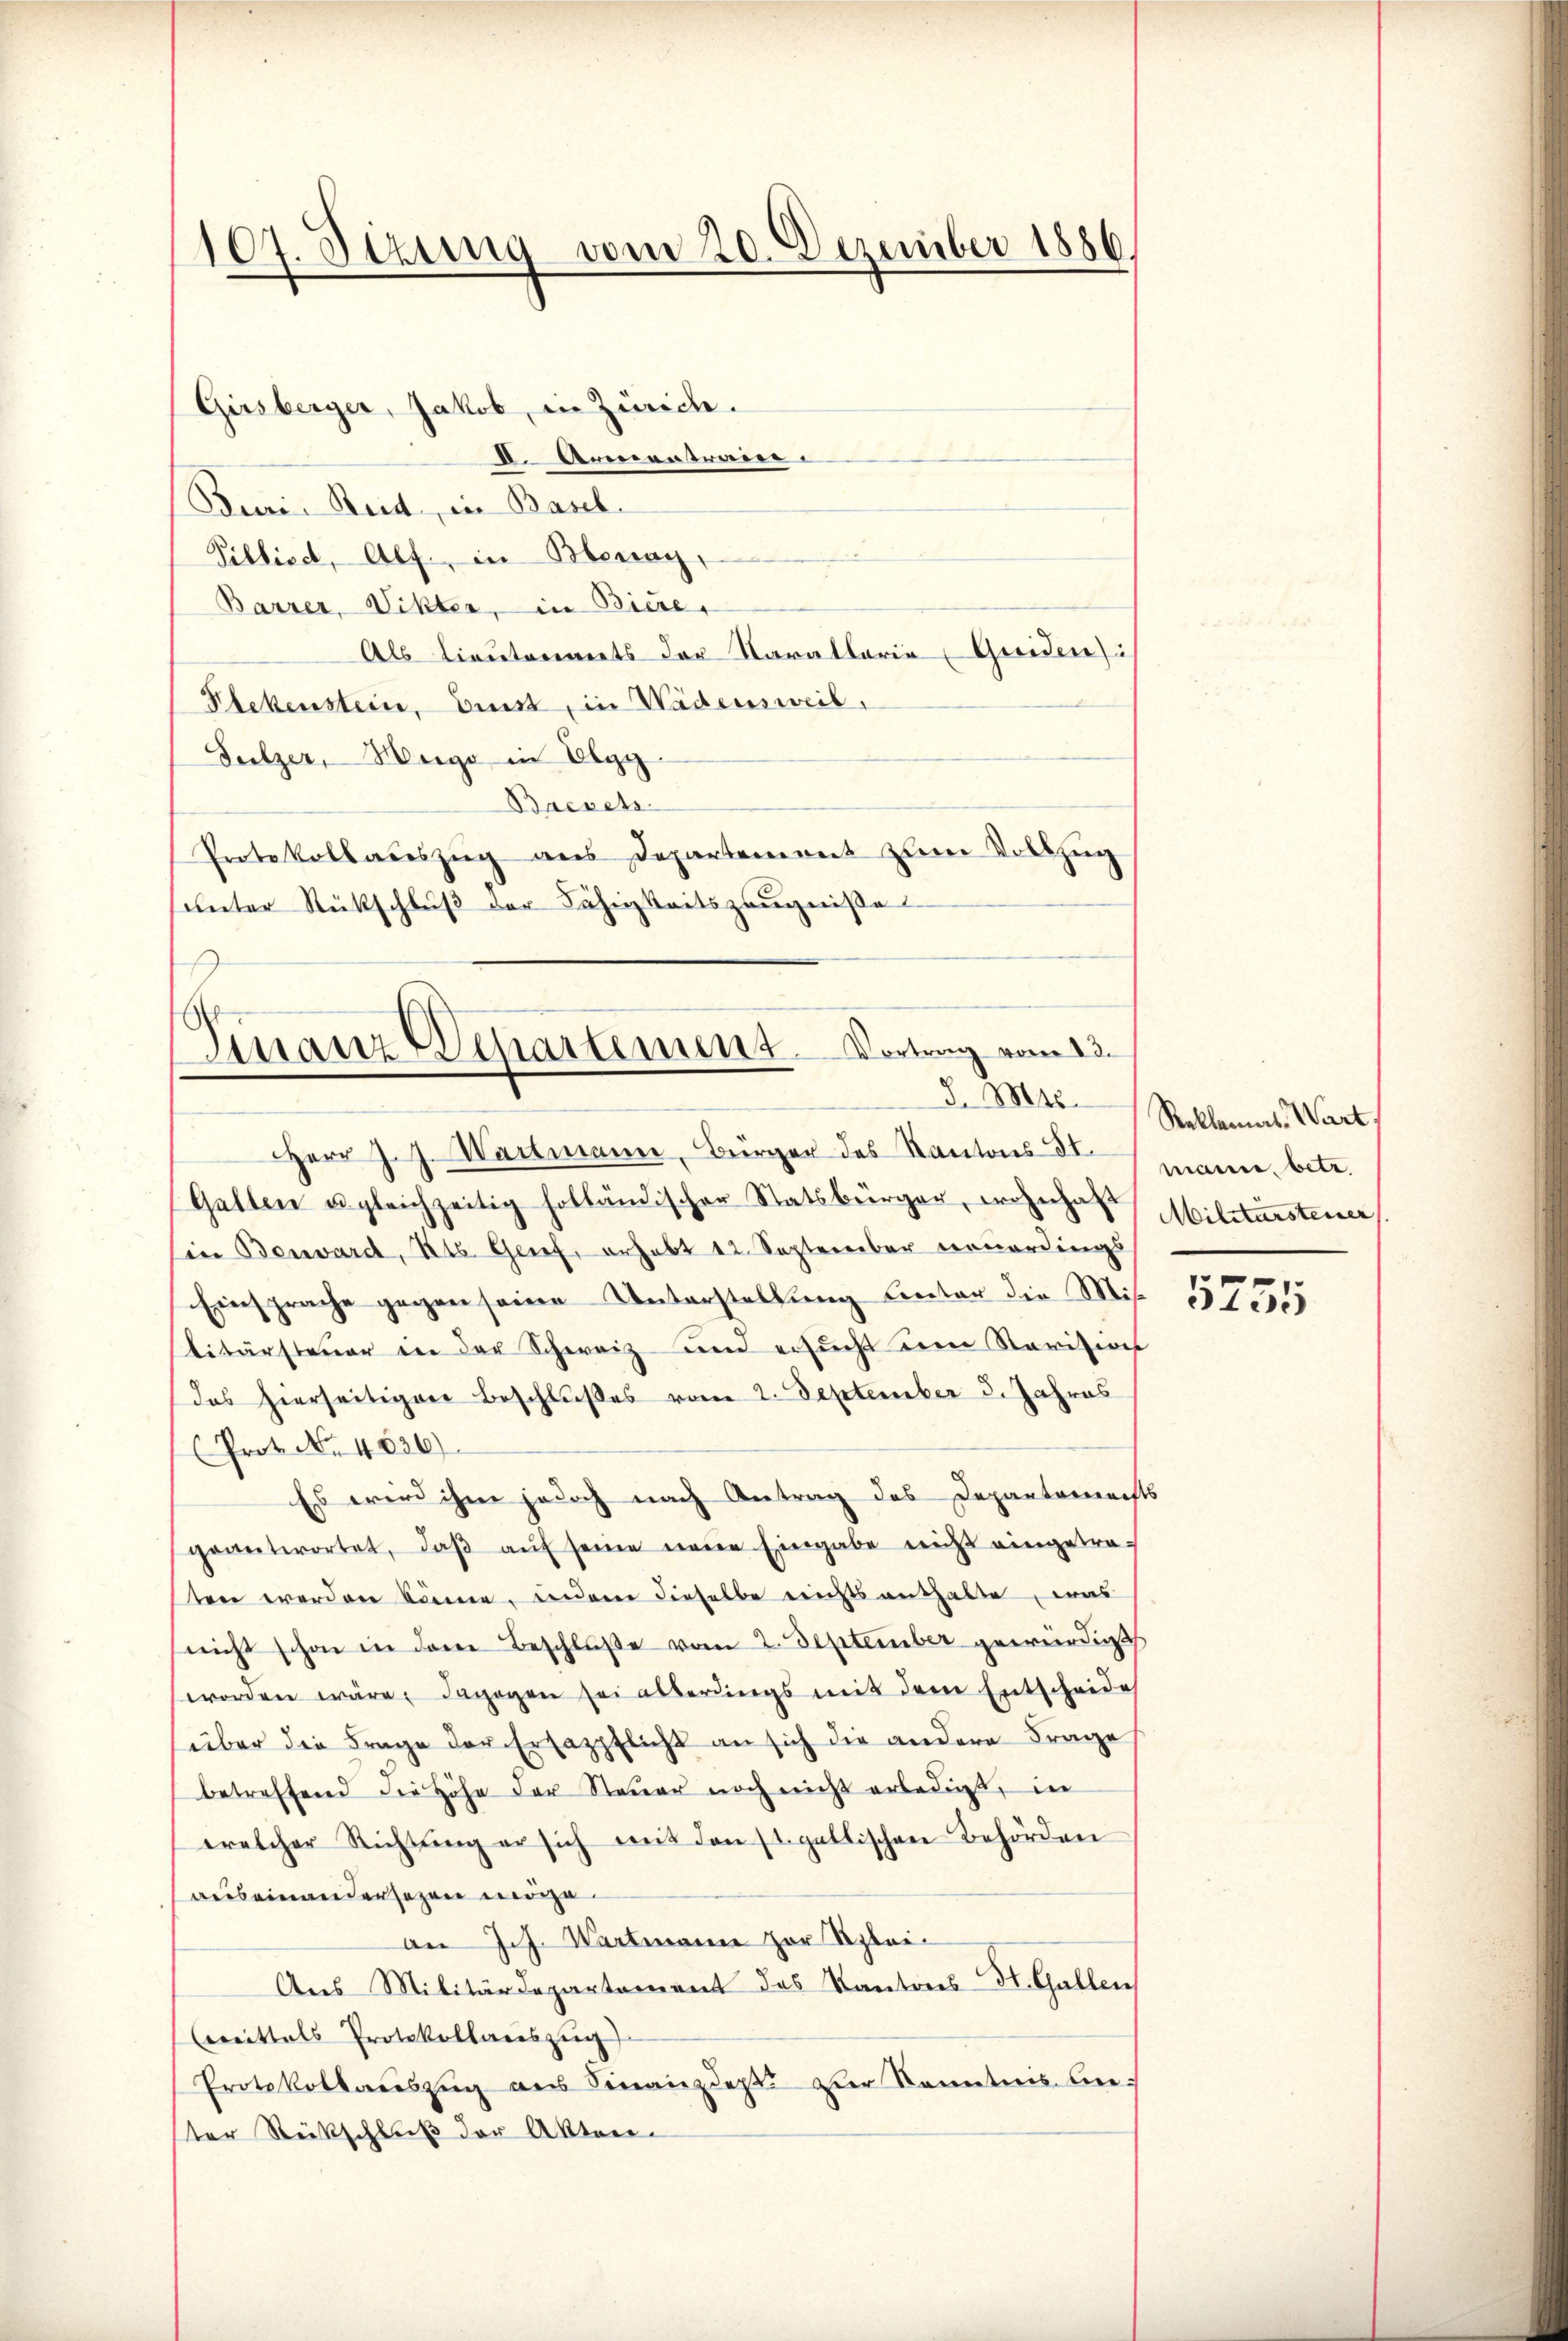
107. Sizung vom 20. Dezember 1886
.

Girsberger, Jakob, in Zürich.
I. Armentraur
Buri Reid, in Basel-
Pillise, Alf., in Benay,
Barrer, Vikter, in Biere,
Als lieutenants der Karallaria Greiden:
Stekenstein, Ernst, in Wädensweil,
Sulzer, Hergo in Elgg
Bacsets.
Protokollauszug aus Departement zum Vollzug
ŭnter Rückschlŭβ der Fähigkeitszeŭgniße

Finanz-Departement Vortrag vom 13.
d. Mts.

Herr J. J. Wartmann, Bürger des Kantons St.
Gatten u gleichzeitig holländischer Statsbürger, wohnhaft Militärsteuer
Ein Benward, Kts. Genf, erhebt 12. September neuerdings
Einsprache gegen seine Unterstellung leter die Mitlitärsteŭer in der Schweiz und ersŭcht im Ravision
das hierseitigen Beschlußes vom 2. September 3. Jahres
(Prot. No. 4536).
Es wird ihm jedoch nach Antrag des Departements
geantwortet, daβ aŭf seine neue Eingabe nicht eingetra-
sten werden könne, inderer dieselbe nichts aushalte, was
nicht schon in dem Beschlŭβe vom 2. September gewürdigt
worden wäre, dagegen sei alterungs mit dem Entscheide
über die Frage der Ersazpflicht an sich die andere Frage
betreffend die Höhe der Steuer noch nicht erledigt, in
welcher Richtŭng er sich mit den st. gallischen Behörden
auseinandersezen möge.
an Joh. Wartmann zur Spei¬
Aus Militärdepartement des Kantons St. Gallen
Cereittals Protokollauszug
Protokollauszug aus Finanzdept. zur Kenntnis beter Rückschluß der Akten.

Reklamas. Wart
mann, betr.

5755